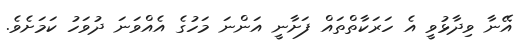
އޭނާ ވިދާޅުވީ އެ ހަރަކާތްތައް ފަށާނީ އަންނަ މަހުގެ އެއްވަނަ ދުވަހު ކަމަށެވެ.